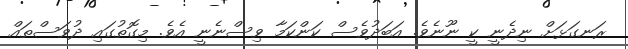
ރަނގަޅަށް ނިދެނީ ކީ ނޫނެވެ. އަބަދުވެސް ކަންކަމާ ވިސްނެނީ އެވެ. މިގޮތުގައި ދުވަސްތައް